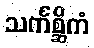
သင်္ကစ္ဆိကံ